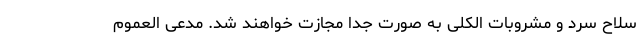
سلاح سرد و مشروبات الکلی به صورت جدا مجازت خواهند شد. مدعی العموم